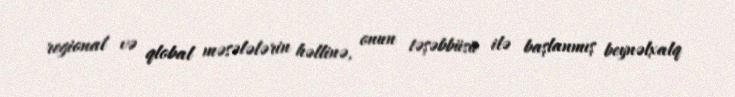
regional və qlobal məsələlərin həllinə, onun təşəbbüsü ilə başlanmış beynəlxalq